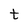
Character: t